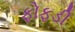
ફોફડી